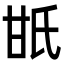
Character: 𤯄